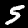
Digit: 5